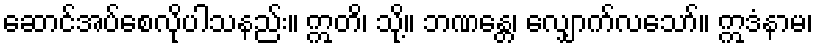
ဆောင်အပ်စေလိုပါသနည်း။ ဣတိ၊ သို့။ ဘဏန္တေ၊ လျှောက်လသော်။ ဣဒံနာမ၊